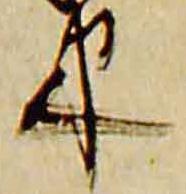
束